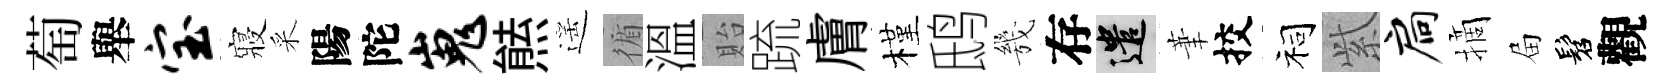
萄舉宝寢采陽陀嵬㷱遥循溫貽䟽膚槿鸱㡬存遣茟挍祠𬗋扃摘屇髫觀